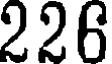
226